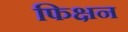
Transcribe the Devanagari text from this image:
फिक्षन